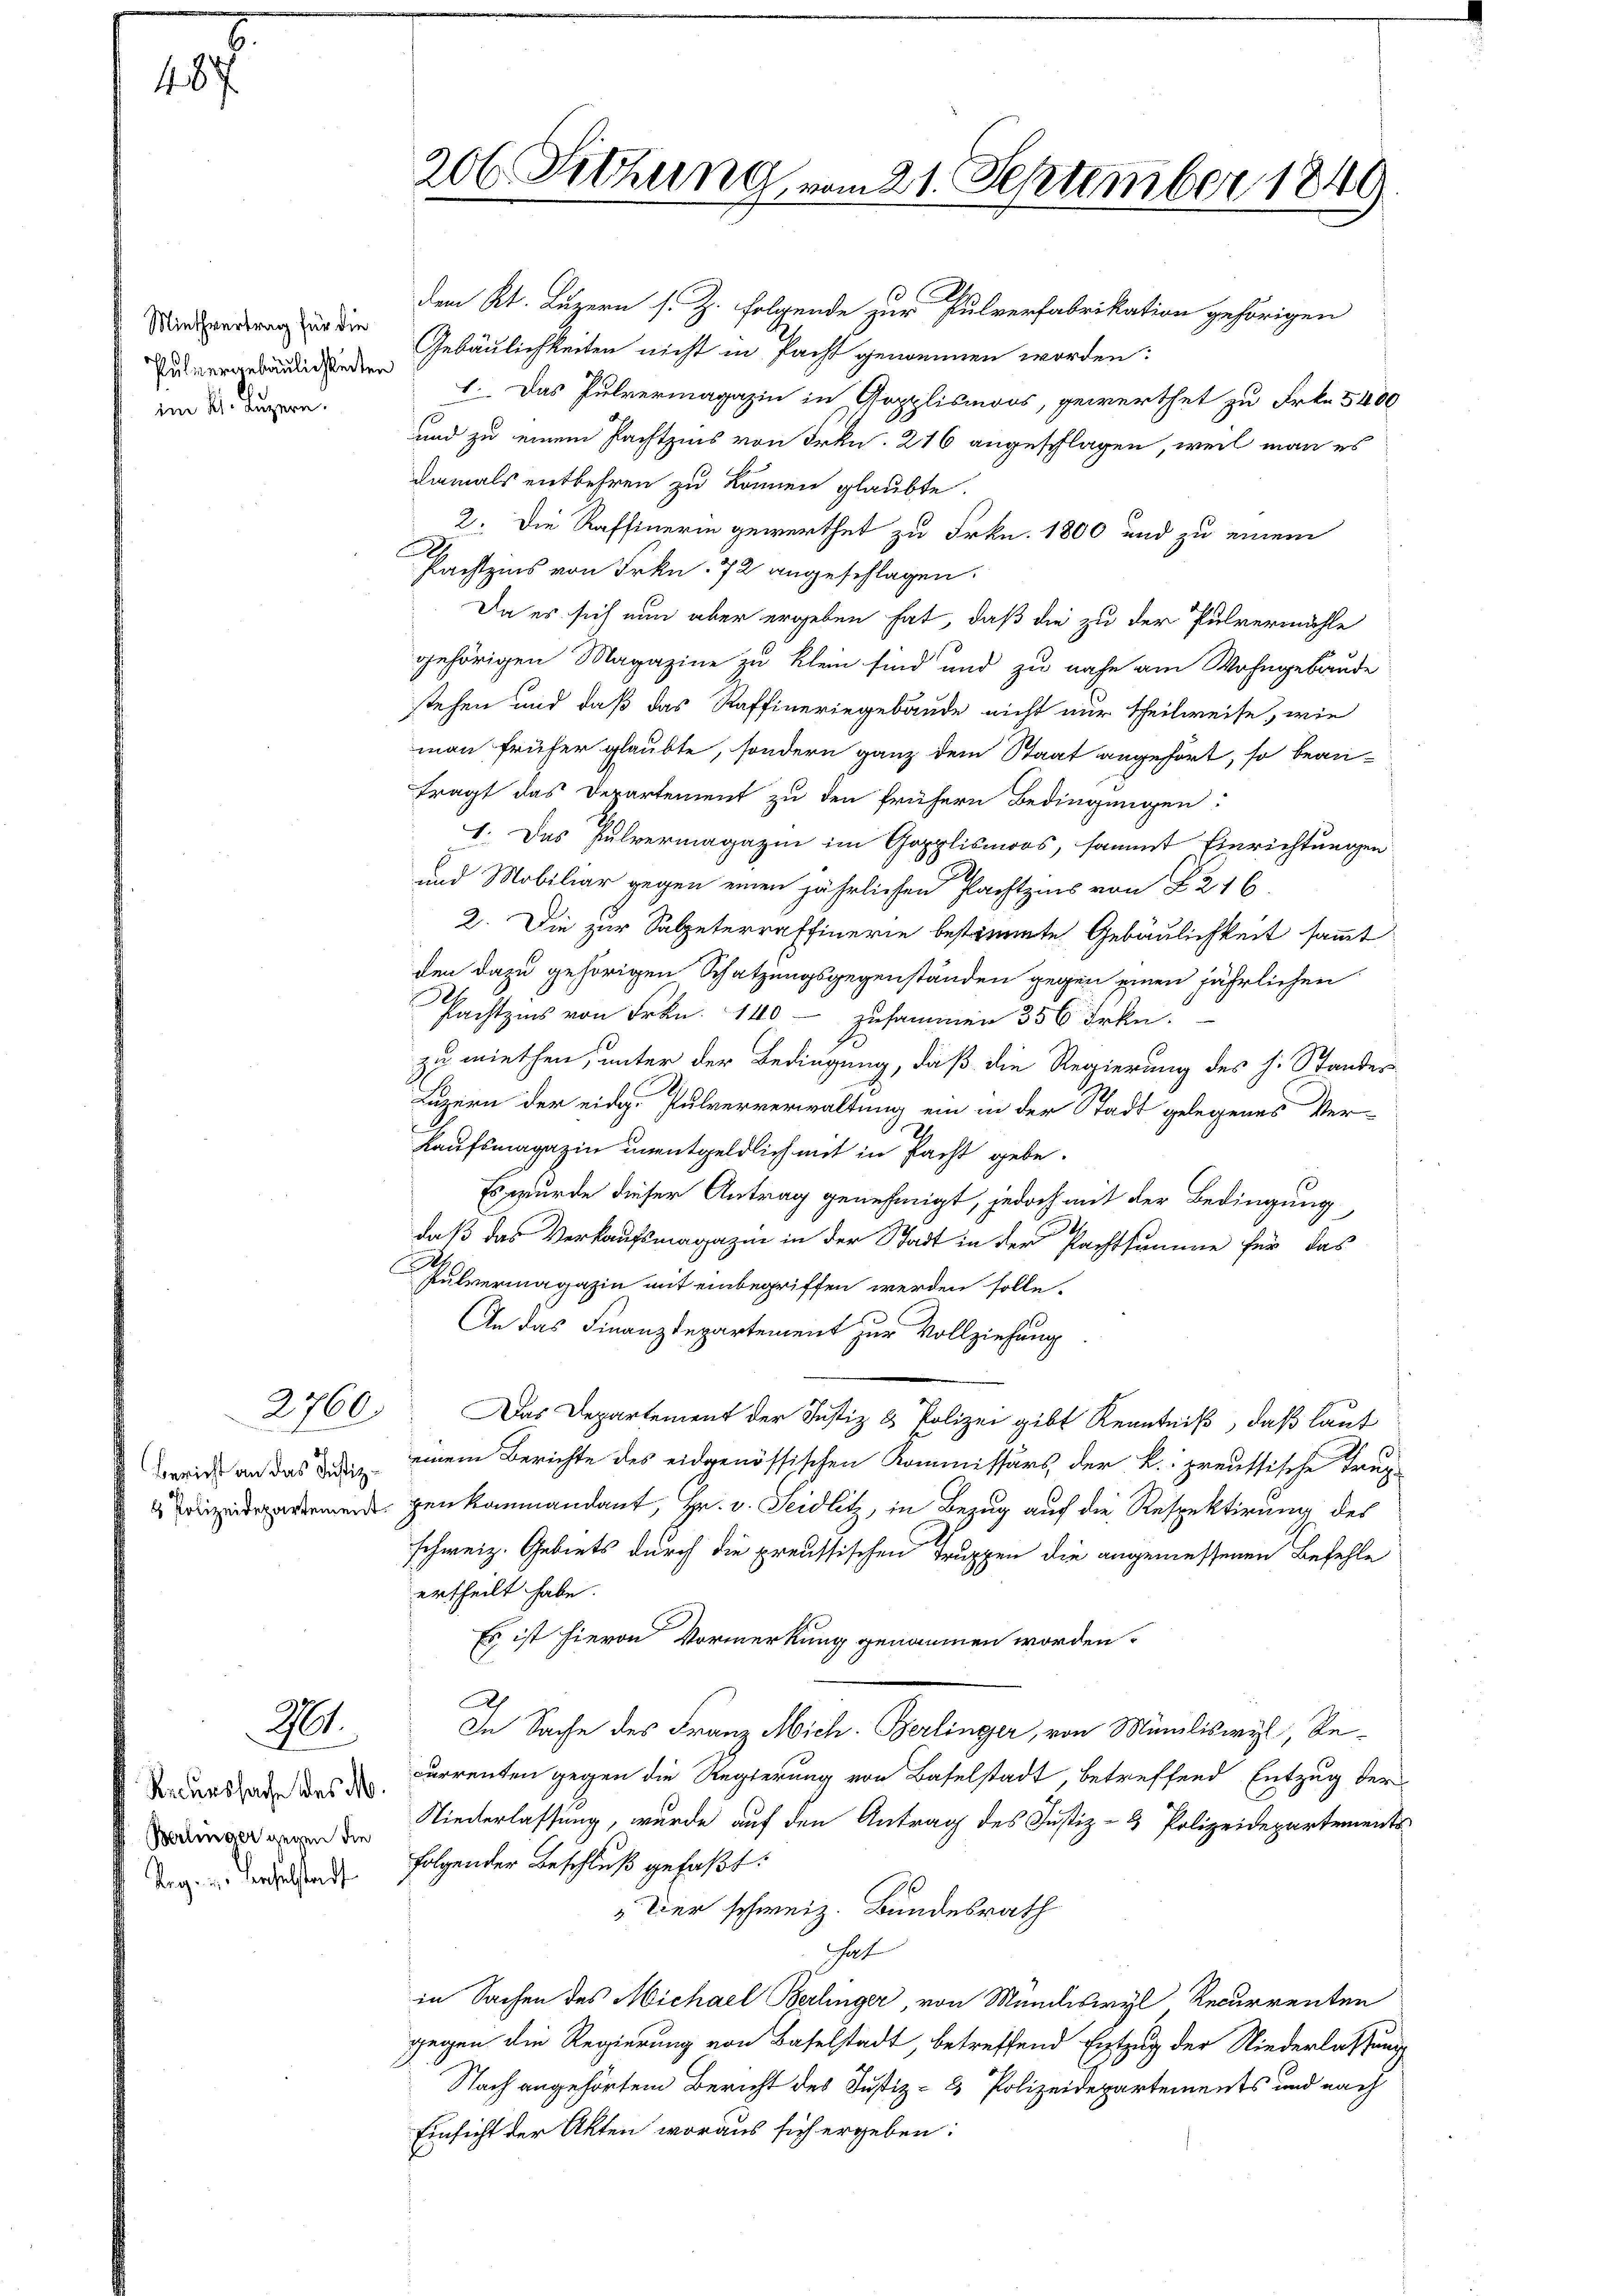
48

Miethvertrag für die
im 4. Luzern.

2760.

Bericht an das Justiz¬

21.

Recurssache des M.
Berlinger gegen die
Pag. u. derselstadt

206 Setzung vom 21. September 1849

den Kt. Luzern s. Z. Folgende zur Pulverfabrikation gehörigen
Gebäulichkeiten nicht in Pacht genommen worden:
dinden 1. Das Pulvermagazin in Gopplismoos, gewerthet zu Frkn. 5400
und zu einem Pachtzins von Frkn. 216 angeschlagen, weil man es
damals entbehren zu können glaubte.
2. Die Raffinerin gewerthet zu Frkn. 1800 und zu einem
Pachtzins von Frkn. 72 angeschlagen.
Da es sich nun aber ergeben hat, daß die zu der Pulvermähle
gehörigen Magazine zu klein sind und zu nahe am Wohngebäude
stehen und daß das Raffineringebäude nicht nur theilweise, wie
man früher glaubte, sondern ganz dem Staat angehört, so bean-
tragt das Departement zu den frühern Bedingungen:
1. Das Pulvermagazin im Gapplismoos, sammt Einrichtungen
und Mobiliar gegen einen jährlichen Pachtzins von B. 216
2. Die zur Salpeterraffinerie bestimmte Gebäulichkeit sammt
den dazu gehörigen Schatzungsgegenständen gegen einen jährlichen
Pachtzins von Frkn. 140 - zusammen 356 Frkn.
zu miethen, unter der Bedingung, daß die Regierung des h. Stander
Luzern der eidge Pulververwaltung ein in der Stadt gelegenes Ver¬
.
Kaufsmagazin unentgeldlich mit in Pacht gebe.
Es wurde dieser Antrag genehmigt, jedoch mit der Bedingung
daß das Verkaufsmagazin in der Stadt in der Pachtsumme für das
Pulvermagazin mit einbegriffen werden solle.
An das Finanzdepartement zur Vollziehung
Das Departement der Justiz & Polizei gibt Kenntniß, daß laut
einem Berichte des eidgenössischen Kommissärs, der k. preussische Trup
megenkommandant, Hr. v. Seidlitz, in Bezug auch die Respektirung des
schweiz. Gebiets durch die preussischen Truppen die angemessenen Befehle
ertheilt habe.
Es ist hievon Vormerkung genommen worden.
Ah
In Sache des Franz Mich. Berlinger, von Muniliswyl, Recurrenten gegen die Regierung von Baselstadt, betreffend Entzug der
Niederlassung, wurde auf den Antrag des Justiz- & Polizeidepartements
folgender Beschluß gefaßt:
Der schweiz. Bundesrath
haft
in Sachen des Michael Berlinger, von Mundiswyl, Recurrenten
gegen die Regierung von Baselstadt, betreffend Entzug der Niederlassung
Nach angehörtem Bericht des Justiz- & Polizeidepartements und nach
Einsicht der Akten woraus sich ergeben: